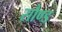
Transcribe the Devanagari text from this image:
सौण्ड